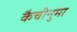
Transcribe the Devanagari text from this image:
कैचीनुमा